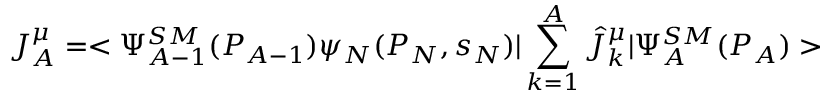
J _ { A } ^ { \mu } = < \Psi _ { A - 1 } ^ { S M } ( P _ { A - 1 } ) \psi _ { N } ( P _ { N } , s _ { N } ) | \sum _ { k = 1 } ^ { A } \hat { J } _ { k } ^ { \mu } | \Psi _ { A } ^ { S M } ( P _ { A } ) >